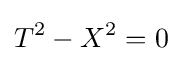
T^{2}-X^{2}=0